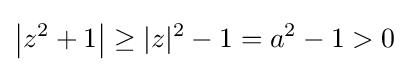
\left|z^{2}+1\right|\geq |z|^{2}-1=a^{2}-1>0